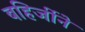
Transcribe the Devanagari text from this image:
बहिर्जीने